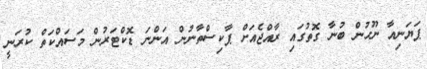
ޕަޔަނިއާ ނޫހުން ބުނާ ގޮތުގައި ރާއްޖެއަށް ޕާކިސްތާނުން އަންނަ ޑޮކްޓަރުން މަސައްކަތް ކުރަނީ